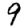
Digit: 9